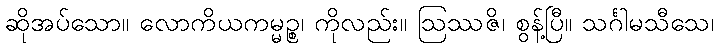
ဆိုအပ်သော။ လောကိယကမ္မဉ္စ၊ ကိုလည်း။ ဩဿဇိ၊ စွန့်ပြီ။ သင်္ဂါမသီသေ၊